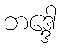
ဘဒ္ဒေါ